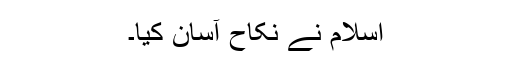
اسلام نے نکاح آسان کیا۔